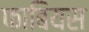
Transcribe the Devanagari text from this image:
फाबियस